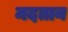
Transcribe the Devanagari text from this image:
मदतान